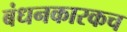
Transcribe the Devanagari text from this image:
बंधनकारकच